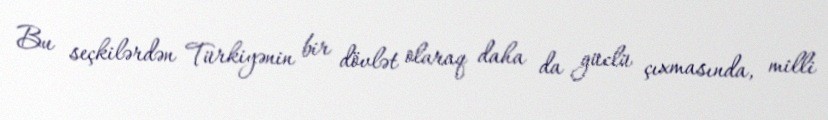
Bu seçkilərdən Türkiyənin bir dövlət olaraq daha da güclü çıxmasında, milli